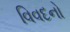
વિવદનો